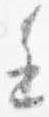
進